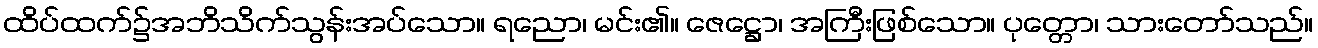
ထိပ်ထက်၌အဘိသိက်သွန်းအပ်သော။ ရညော၊ မင်း၏။ ဇေဋ္ဌော၊ အကြီးဖြစ်သော။ ပုတ္တော၊ သားတော်သည်။